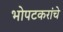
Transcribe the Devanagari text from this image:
भोपटकरांचे